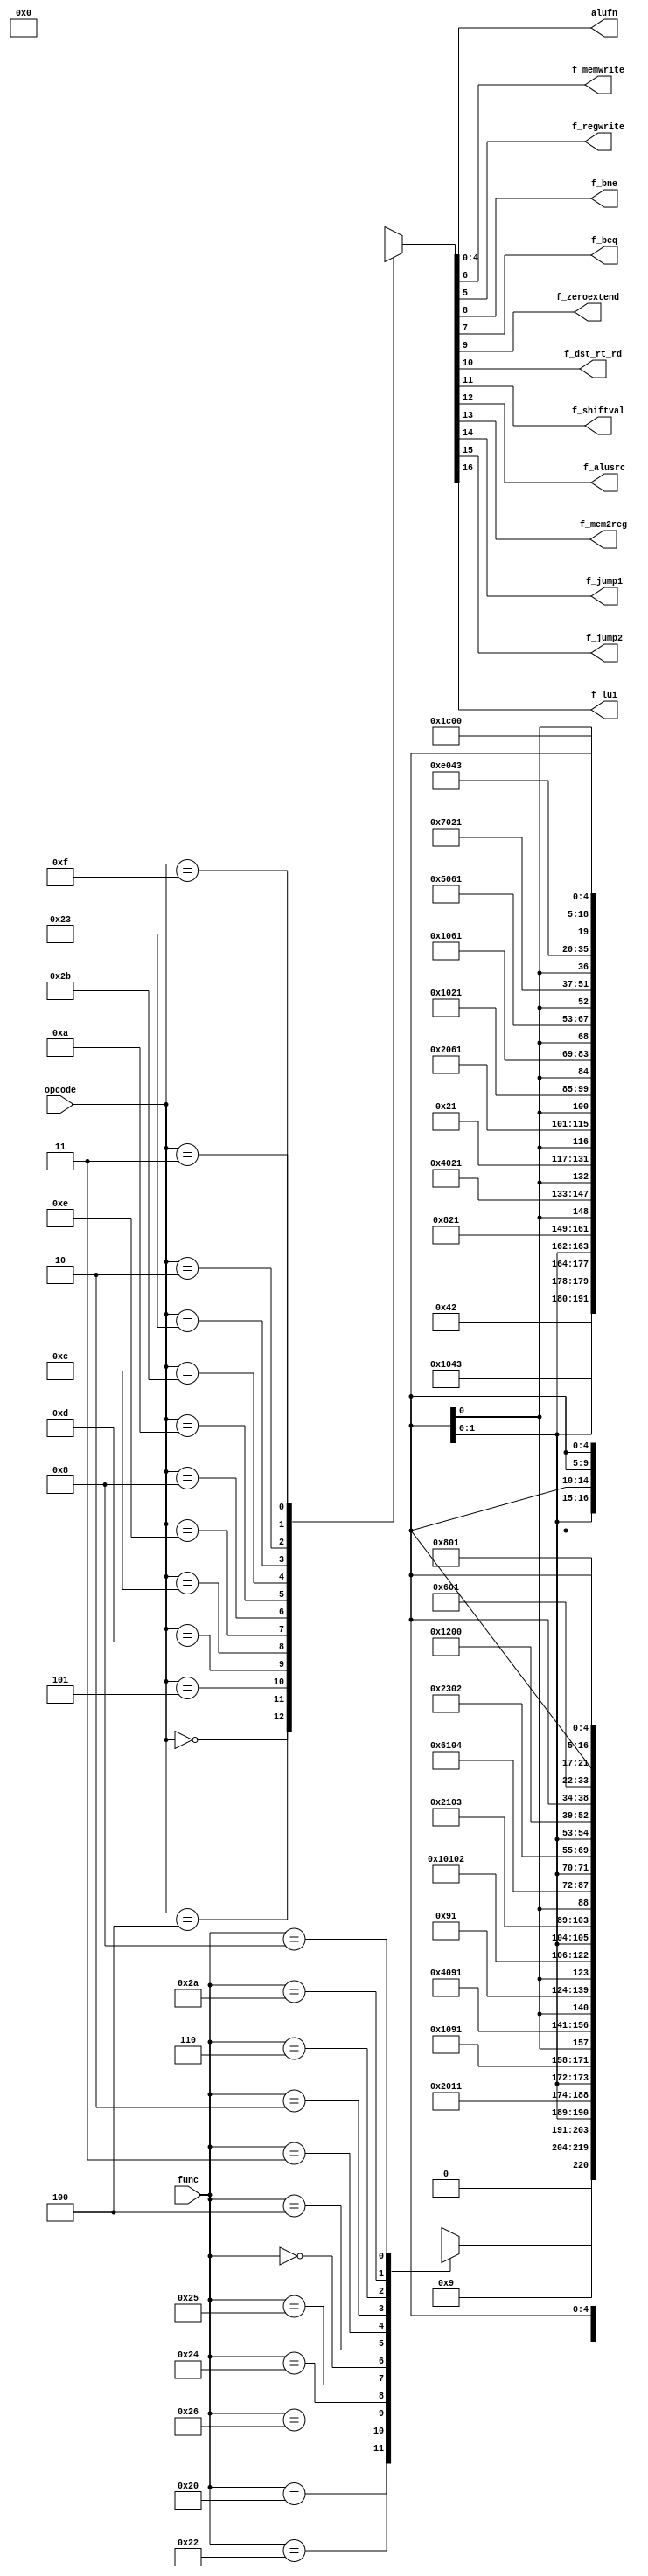
`timescale 1ns / 1ps
//////////////////////////////////////////////////////////////////////////////////
// Company: COMP 541
// 
// Design Name: 
// Module Name:    control 
// Project Name: 
// Target Devices: 
// Tool versions: 
// Description: 
//
// Dependencies: 
//
// Revision: 
// Revision 0.01 - File Created
// Additional Comments: 
//
//////////////////////////////////////////////////////////////////////////////////
module control(
	input [5:0] opcode,
	input [5:0] func,
	
	output [4:0] alufn,
	output f_memwrite,
	output f_regwrite,
	output f_bne,
	output f_beq,
	output f_zeroextend,
	output f_dst_rt_rd,
	output f_shiftval,
	output f_alusrc,
	output f_mem2reg,
	output f_jump1,
	output f_jump2,
	output f_lui
    );

reg [16:0] controls;
assign {f_lui, f_jump2, f_jump1, f_mem2reg, f_alusrc, f_shiftval, f_dst_rt_rd, f_zeroextend, 
	f_bne, f_beq, f_memwrite, f_regwrite, alufn} = controls;

always @(*)
	case (opcode)
		6'b000000: begin // alu + jr
			case (func)
				6'b100000: controls <= 17'b000000100001_0XX01; // add
				6'b100010: controls <= 17'b000000100001_1XX01; // sub
				6'b100110: controls <= 17'b000000100001_X1000; // xor
				6'b100100: controls <= 17'b000000100001_X0000; // and
				6'b100101: controls <= 17'b000000100001_X0100; // or
				6'b000000: controls <= 17'b000001100001_X0010; // sll
				6'b000100: controls <= 17'b000000100001_X0010; // sllv
				6'b000011: controls <= 17'b000001100001_X1010; // sra
				6'b000010: controls <= 17'b000001100001_X1110; // srl
				6'b000110: controls <= 17'b000000100001_X1110; // srv
				6'b101010: controls <= 17'b000000100001_1X011; // slt
				6'b001000: controls <= 17'b010000000000_XXXXX; // jr
				default: controls <= 17'b000000000000_XXXXX;
			endcase
			end
		6'b000100: controls <= 17'b000000000100_1XX01; // beq
		6'b000101: controls <= 17'b000000001000_1XX01; // bne
		6'b001101: controls <= 17'b000010010001_X0100; // ori
		6'b001100: controls <= 17'b000010010001_X0000; // andi
		6'b001110: controls <= 17'b000010010001_X1000; // xori
		6'b001000: controls <= 17'b000010000001_0XX01; // addi
		6'b001010: controls <= 17'b000010000001_1X011; // slti
		6'b101011: controls <= 17'b000010000010_0XX01; // sw
		6'b100011: controls <= 17'b000110000001_0XX01; // lw
		6'b000010: controls <= 17'b001000000000_XXXXX; // j
		6'b000011: controls <= 17'b011000000001_XXXXX; // jal
		6'b001111: controls <= 17'b100000000001_XXXXX; // lui
		default: controls <= 17'bXXXXXXXXXXXX_XXXXX;
	endcase

endmodule